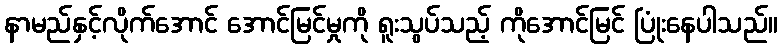
နာမည်နှင့်လိုက်အောင် အောင်မြင်မှုကို ရူးသွပ်သည့် ကိုအောင်မြင် ပြုံးနေပါသည်။